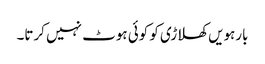
بارہویں کھلاڑی کو کوئی ہوٹ نہیں کرتا۔